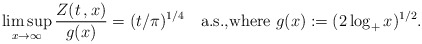
\begin{align*}\limsup_{x\to\infty} \frac{Z(t\,,x)}{g(x)} = (t/\pi)^{1/4}\quad\text{a.s.,where $g(x):=(2\log_+ x)^{1/2}$.}\end{align*}